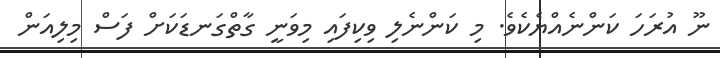
ނޫ އުރަހަ ކަންނެއްޔެކެވެ. މި ކަންނެލި ވިކިފައި މިވަނީ ގާތްގަނޑަކަށް ފަސް މިލިއަން